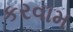
કરવામ